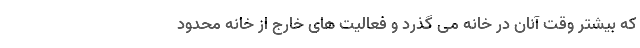
که بیشتر وقت آنان در خانه می گذرد و فعالیت های خارج از خانه محدود